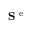
{ \bf S } ^ { \mathrm { ~ e ~ } }